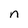
Character: n